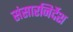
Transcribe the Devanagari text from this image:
संसारनिर्देश